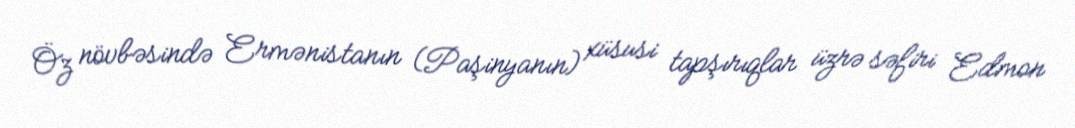
Öz növbəsində Ermənistanın (Paşinyanın) xüsusi tapşırıqlar üzrə səfiri Edmon